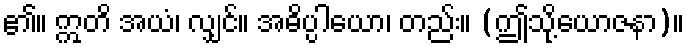
၏။ ဣတိ အယံ၊ လျှင်။ အဓိပ္ပါယော၊ တည်း။ (ဤသို့ယောဇနာ)။